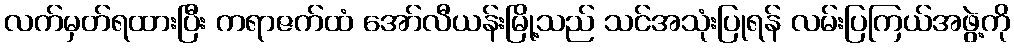
လက်မှတ်ရထားပြီး ကရာဇက်ထံ အော်လီယန်းမြို့သည် သင်အသုံးပြုရန် လမ်းပြကြယ်အဖွဲ့ကို